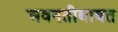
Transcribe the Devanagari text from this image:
अवनतीबाबत